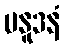
ပနူဒနံ